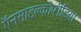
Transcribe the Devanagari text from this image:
ऍनसाइक्लोपीडिया